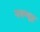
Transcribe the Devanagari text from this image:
नवव्यूह